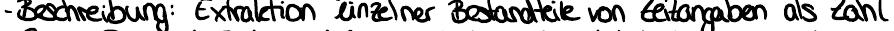
- Beschreibung: Extraktion einzelner Bestandteile von Zeitangaben als Zahl